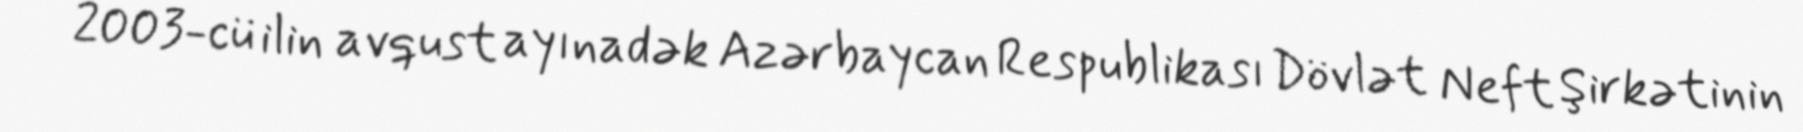
2003-cü ilin avqust ayınadək Azərbaycan Respublikası Dövlət Neft Şirkətinin